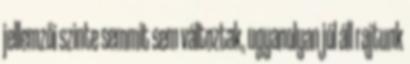
jellemzői szinte semmit sem változtak, ugyanolyan jól áll rajtunk